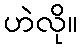
ဟဲလို။